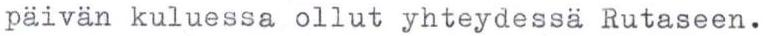
päivän kuluessa ollut yhteydessä Rutaseen.